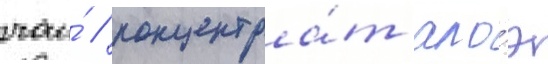
чаи́ / концентра́т ало́э